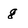
Character: g